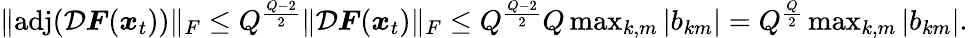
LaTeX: \begin{array}{r}{\| \mathrm{adj}(\mathcal{D}\boldsymbol{F}(\boldsymbol{x}_{t}))\| _{F}\le Q^{\frac{Q-2}{2}}\| \mathcal{D}\boldsymbol{F}(\boldsymbol{x}_{t})\| _{F}\le Q^{\frac{Q-2}{2}}Q\operatorname*{max}_{k,m}|b_{km}|=Q^{\frac{Q}{2}}\operatorname*{max}_{k,m}|b_{km}|.}\end{array}